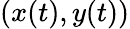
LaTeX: (x(t),y(t))